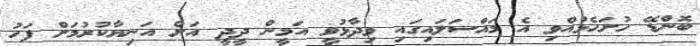
ބޮންޑޭޭ ހުށަހެޅުއްވި އެ މައްސަލައިގަައި ވިދާޅުވީ އަމީން ދީދީ އަށް އަނިޔާކުރުމަށް ފަހު